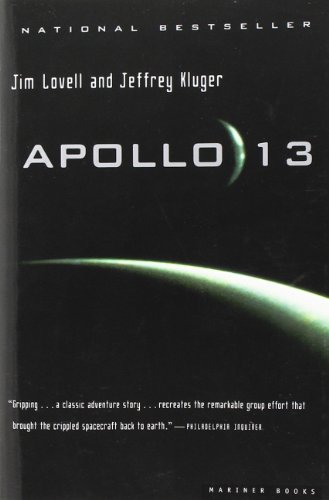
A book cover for Apollo 13; James Lovell; Science & Math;